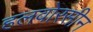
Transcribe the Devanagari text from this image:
हलवोरसीन